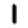
Digit: 1